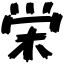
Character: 栄